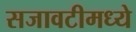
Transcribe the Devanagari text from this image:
सजावटीमध्ये